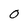
Character: 0